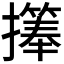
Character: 𪮹